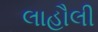
લાહૌલી